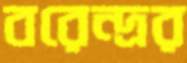
বরেন্দ্রর